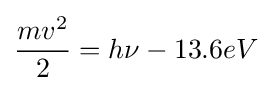
{mv^{2} \over 2}=h\nu -13.6eV